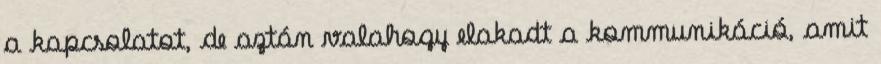
a kapcsolatot, de aztán valahogy elakadt a kommunikáció, amit